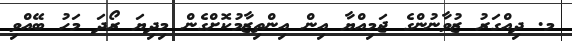
މ. ދިއްގަރު ޒުވާނުންގެ ޖަމިއްޔާ އިން އިންތިޒާމުކޮށްގެން މިދިޔަ ރޯދަ މަހު ބޭއްވި